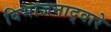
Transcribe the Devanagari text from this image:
विभाजनाद्वारे